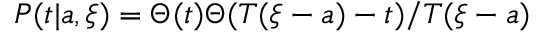
P ( t | { a } , \xi ) = \Theta ( t ) \Theta ( T ( \xi - a ) - t ) / T ( \xi - a )